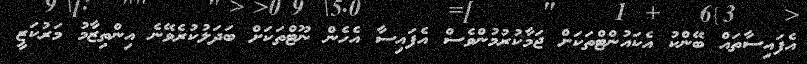
އެފައިސާތައް ބޭންކު އެކައުންޓްތަކަށް ޖަމާކުރުމުންވެސް އެފައިސާ އެހެން ނޫޓްތަކަށް ބަދަލުކުރެވޭނެ އިންތިޒާމު މަރުކަޒީ